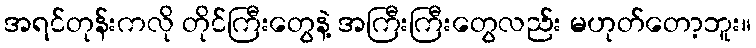
အရင်တုန်းကလို တိုင်ကြီးတွေနဲ့ အကြီးကြီးတွေလည်း မဟုတ်တော့ဘူး။